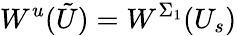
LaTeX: W^{u}(\tilde{U})=W^{\Sigma_{1}}(U_{s})